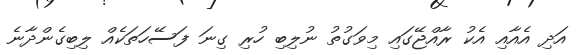
އަދި އެއާއި އެކު ރާއްޖޭގައި މިވަގުތު ނުލިބި ހުރި ގިނަ ފަސޭހަތަކެއް ލިބިގެންދާނެ